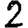
Digit: 2